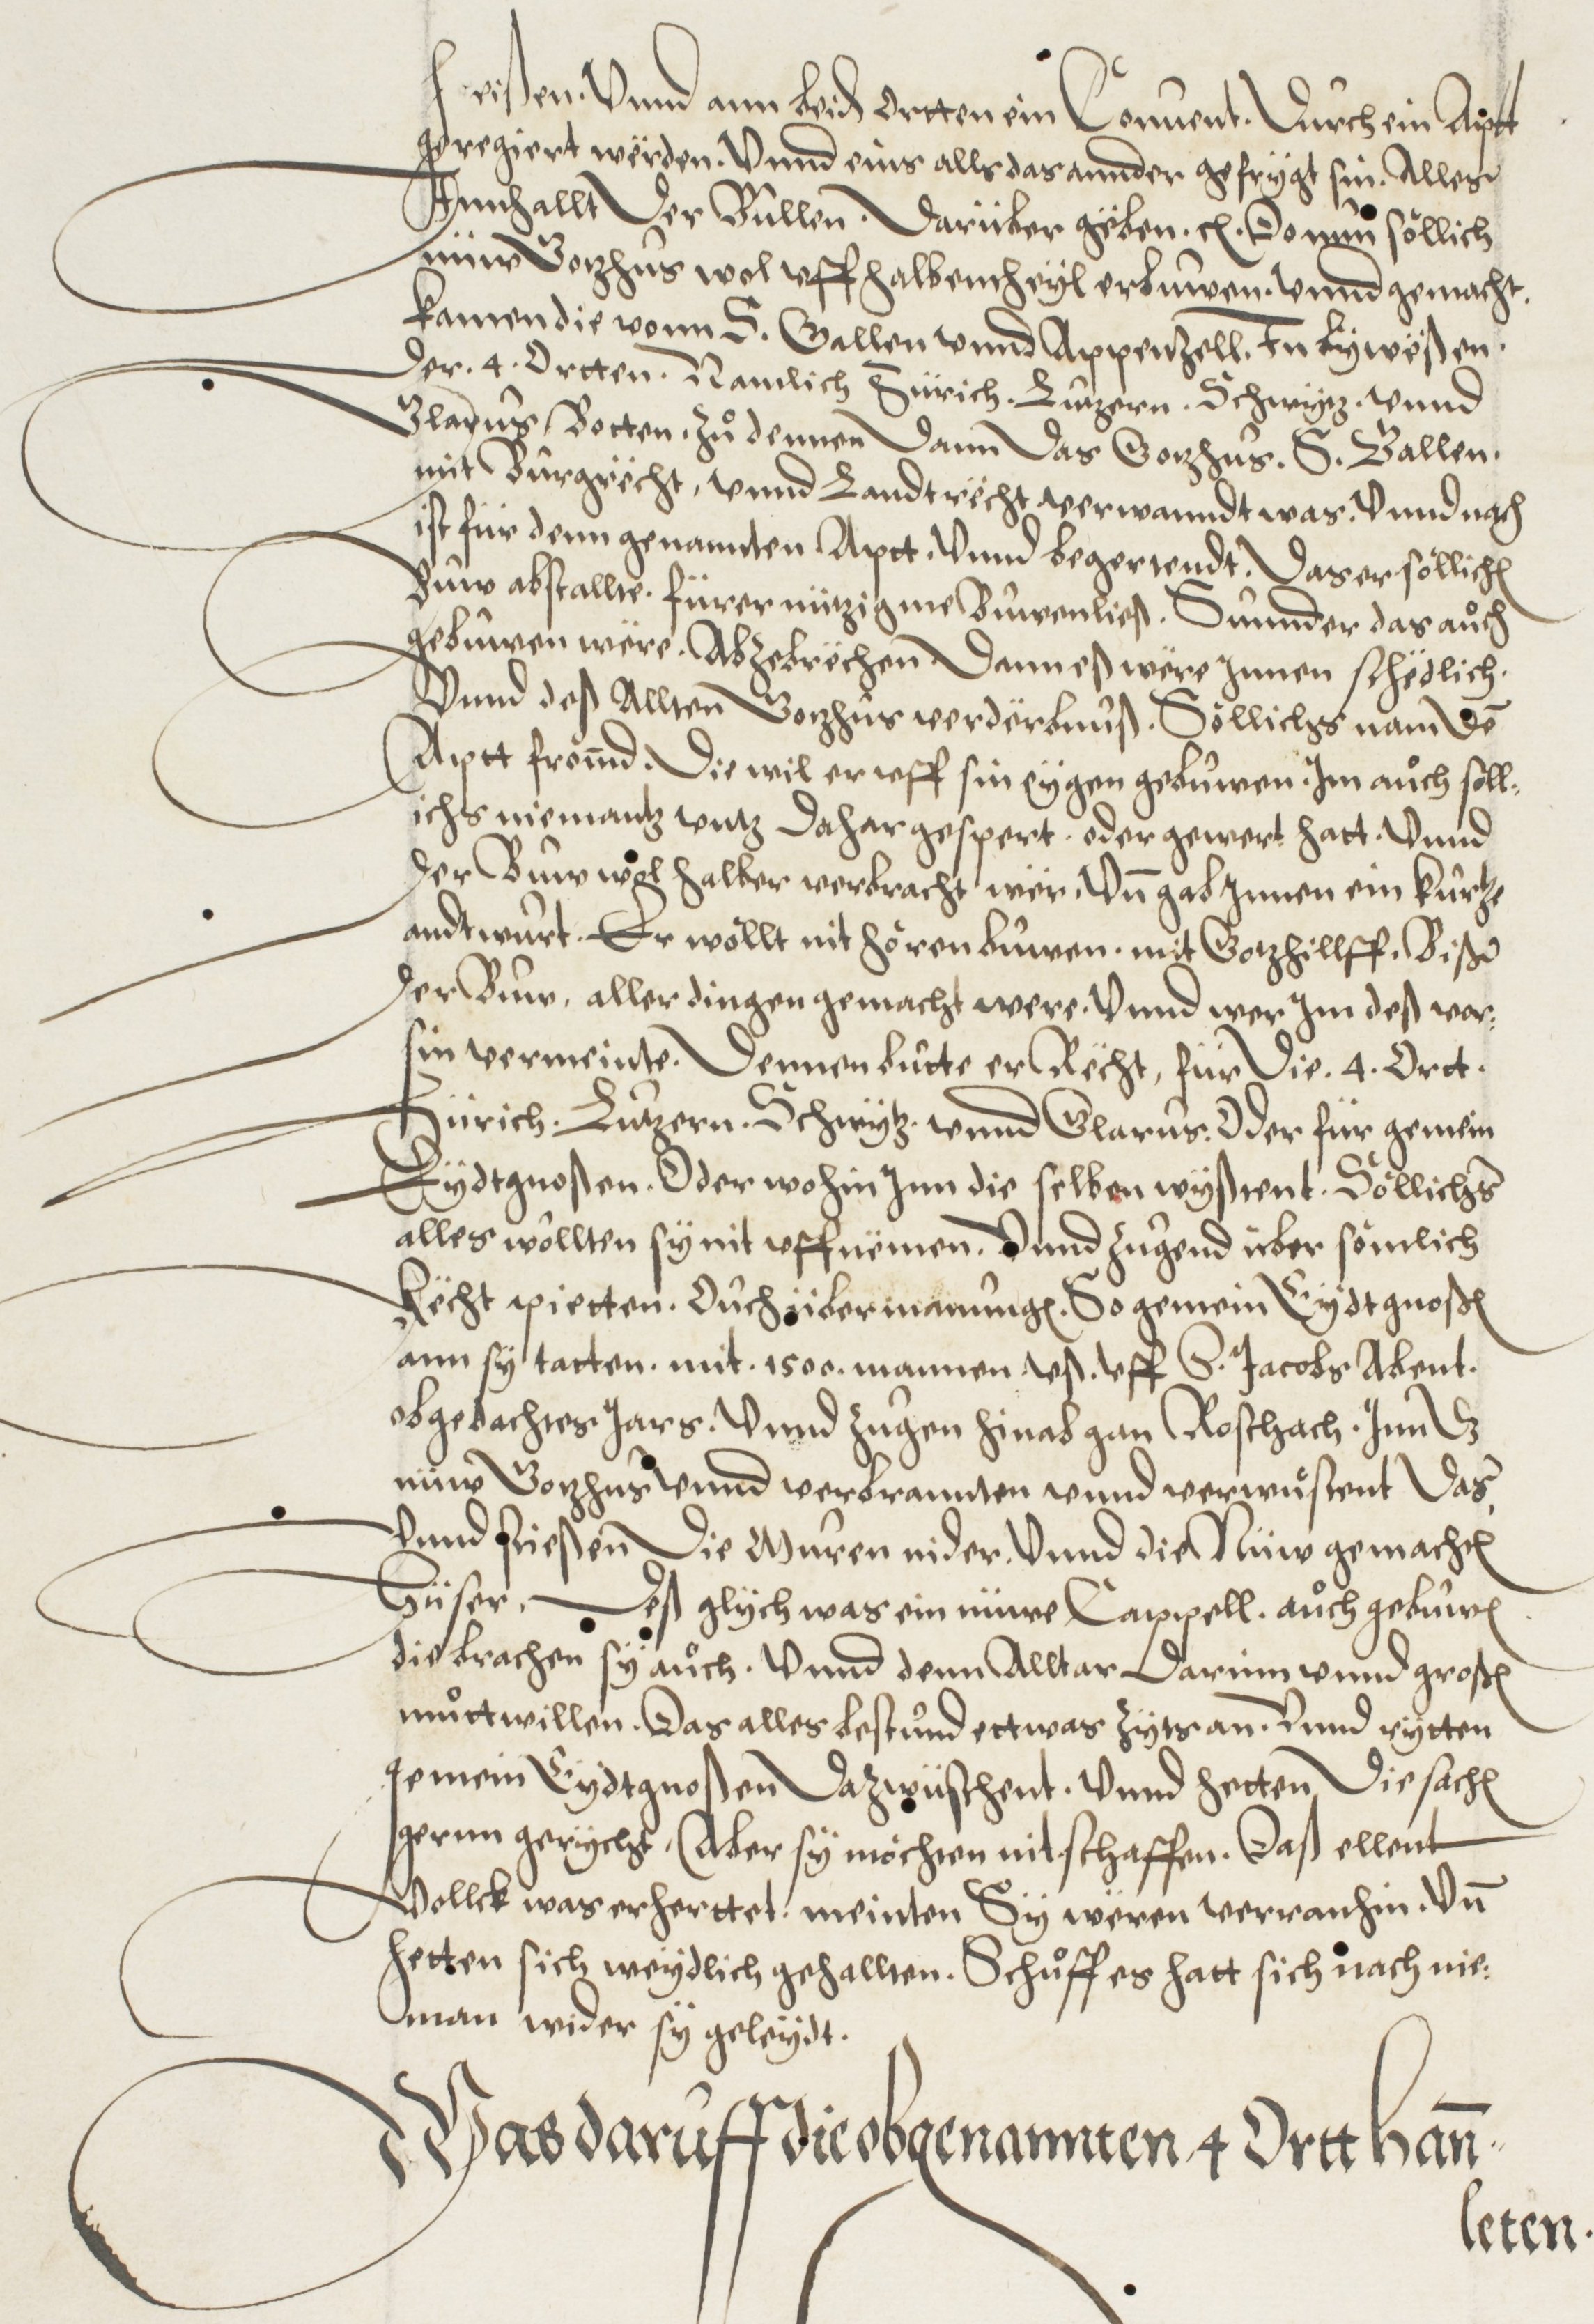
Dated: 1572–1572